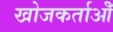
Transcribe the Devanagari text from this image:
खोजकर्ताओँ